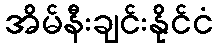
အိမ်နီးချင်းနိုင်ငံ